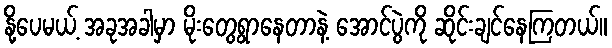
နို့ပေမယ့် အခုအခါမှာ မိုးတွေရွာနေတာနဲ့ အောင်ပွဲကို ဆိုင်းချင်နေကြတယ်။